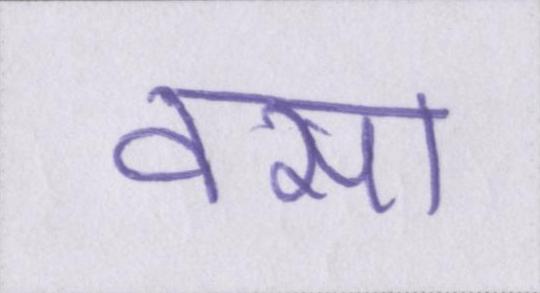
वसा